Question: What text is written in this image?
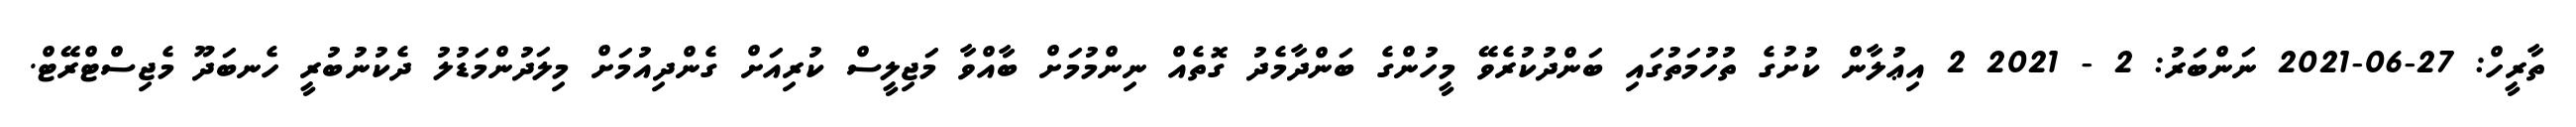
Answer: ތާރީހް: 27-06-2021 ނަންބަރު: 2 - 2021 2 އިޢުލާން ކުށުގެ ތުހުމަތުގައި ބަންދުކުރެވޭ މީހުންގެ ބަންދާމެދު ގޮތެއް ނިންމުމަށް ބާއްވާ މަޖިލީސް ކުރިއަށް ގެންދިއުމަށް މިލަދުންމަޑުލު ދެކުނުބުރީ ހެނބަދޫ މެޖިސްޓްރޭޓް.